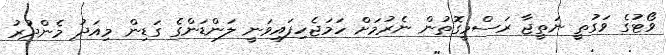
ވޯޓުގެ ވަގުތީ ނަތީޖާ ރަސްމީގޮތުން ނެރުމަށް ހަމަޖެހިފައިވަނީ ލަންޑަންގެ ގަޑިން މިއަދު މެންދުރު